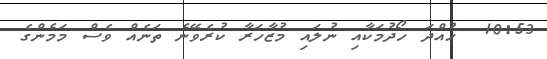
10:53  ހުއްދަ ހޯދުމަކާއި ނުލައި މުޒާހަރާ ކުރެވޭނެ ތަނެއް ވެސް މަމެންގެ